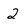
Character: 2